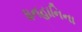
ધનહાનિના